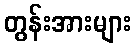
တွန်းအားများ